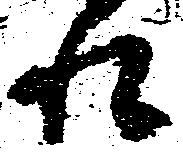
れ